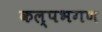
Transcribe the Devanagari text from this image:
कल्पभगण